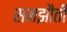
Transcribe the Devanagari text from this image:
समझौती